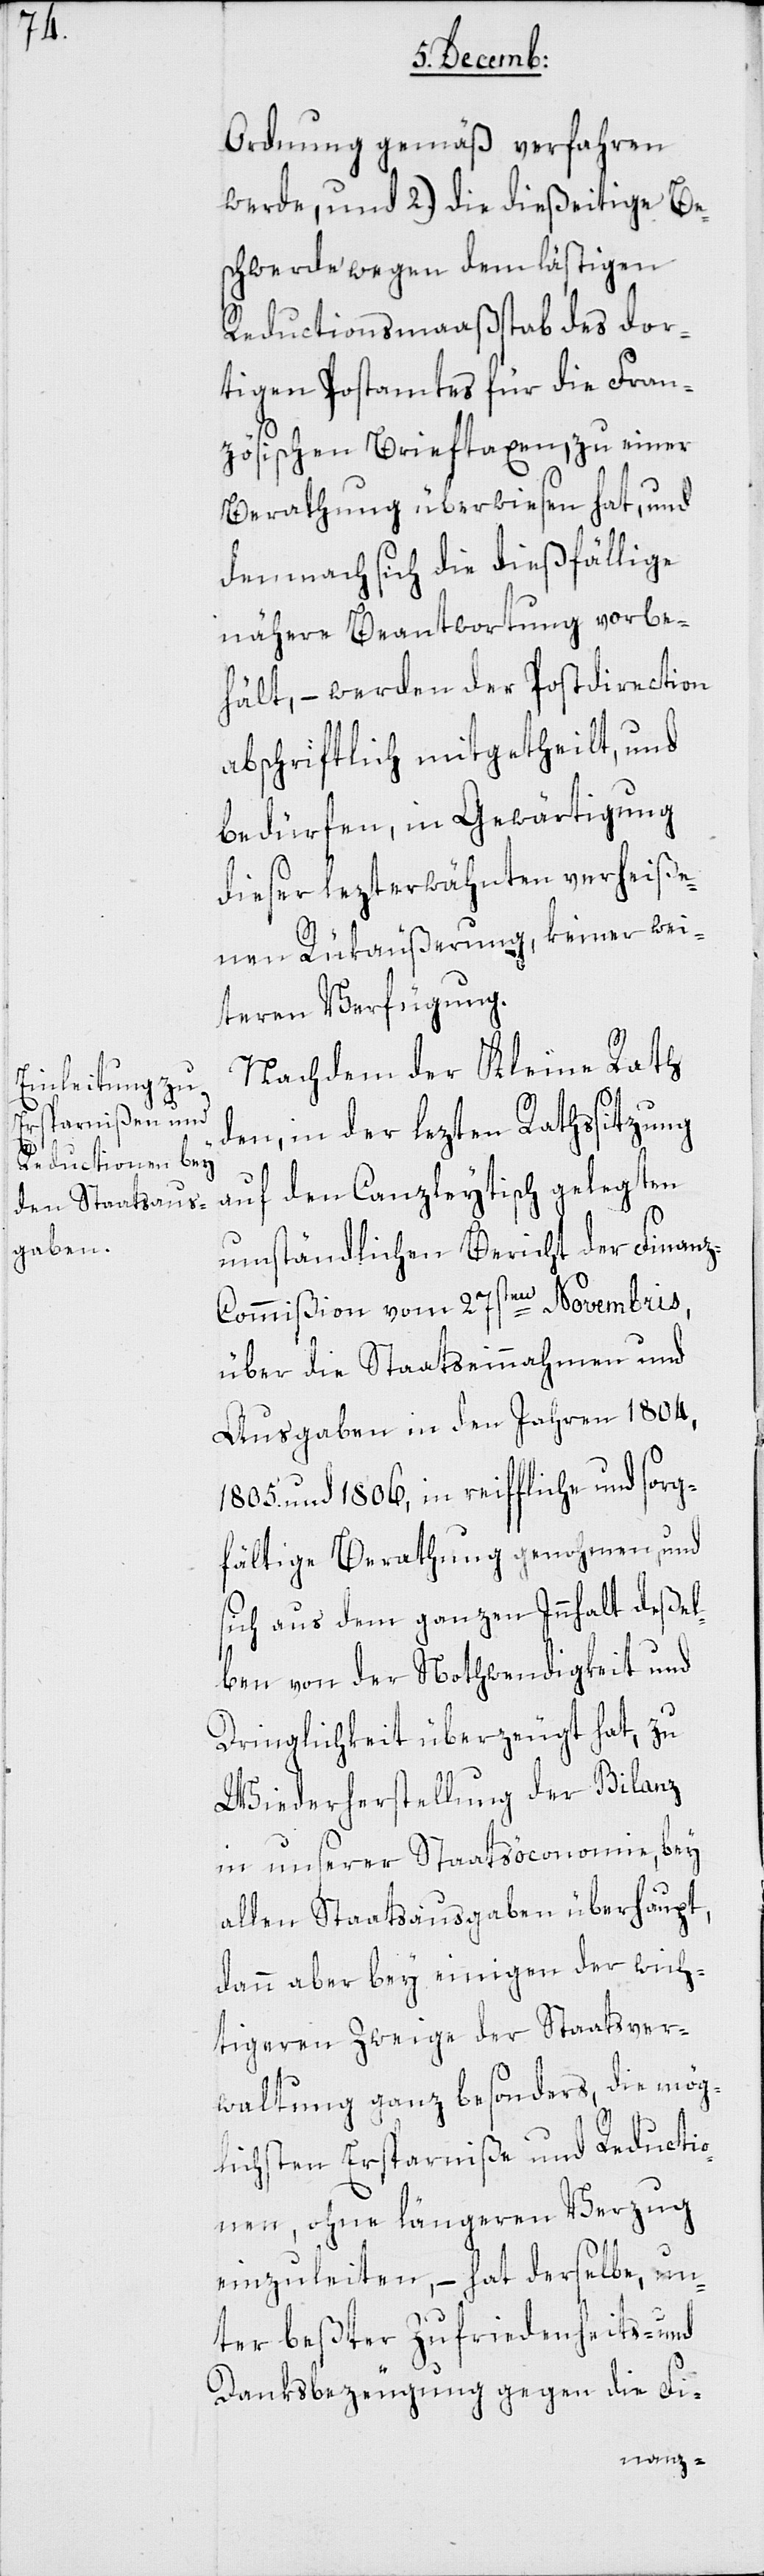
Ordnung gemäß verfahren
werde, und 2.) die dießeitige Be¬
schwerde wegen dem lästigen
Reductionsmaßstab des dor¬
tigen Postamtes für die Fran¬
zösischen Brieftaxen, zu einer
Berathung überwiesen hat, und
demnach sich die dießfällige
nähere Beantwortung vorbe¬
hält, – werden der Postdirection
abschriftlich mitgetheilt, und
bedürfen, in Gewärtigung
dieser lezterwähnten verheiße¬
nen Rükäußerung, keiner wei¬
teren Verfügung.
Nachdem der Kleine Rath
den, in der lezten Rathssitzung
auf den Canzleytisch gelegten
umständlichen Bericht der Finan¬
z-Commißion vom 27sten Novembris,
über die Staatseinnahmen und
[-]Ausgaben in den Jahren 1804,
1805. und 1806, in reiffliche und sorg¬
fältige Berathung genohmen, und
sich aus dem ganzen Innhalt deßel¬
ben von der Nothwendigkeit und
Dringlichkeit überzeugt hat, zu
Wiederherstellung der Bilanz
in unserer Staatsöconomie, bey
allen Staatsausgaben überhaupt,
dann aber bey einigen der wich¬
tigeren Zweige der Staatsver¬
waltung ganz besonders, die mög¬
lichsten Ersparniße und Reductio¬
nen, ohne längeren Verzug
einzuleiten, – hat derselbe, un¬
ter beßter Zufriedenheits- und
Danksbezeugung gegen die Fi-